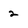
Character: 2